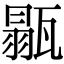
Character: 𤭼